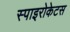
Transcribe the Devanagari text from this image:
स्पाइरोकेटस